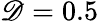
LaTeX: \mathscr{D}=0.5